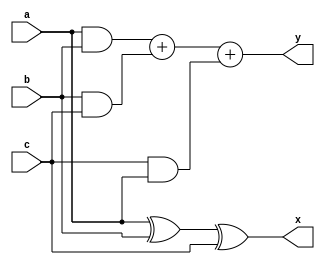
module fulladder (a,b,c,x,y);
    input a,b,c;
    output x,y;

    assign x = (a^b)^c;
    assign y = (a&b)+(b&c)+(c&a);
endmodule

module add_tb;
    wire X,Y;
    reg A,B,C;

    fulladder my_gate (.a(A),.b(B),.c(C),.x(X),.y(Y));

    initial
        begin
            $monitor (A," ",B," ",C," ",X," ",Y);
            A = 1'b0;
            B = 1'b0;
            C = 1'b0;
            #5
            A = 1'b1;
            B = 1'b0;
            C = 1'b0;
            #5
            A = 1'b0;
            B = 1'b1;
            C = 1'b0;
            #5
            A = 1'b0;
            B = 1'b0;
            C = 1'b1;
            #5
            A = 1'b1;
            B = 1'b1;
            C = 1'b0;
            #5
            A = 1'b1;
            B = 1'b0;
            C = 1'b1;
            #5
            A = 1'b0;
            B = 1'b1;
            C = 1'b1;
            #5
            A = 1'b1;
            B = 1'b1;
            C = 1'b1;
        
            
        end
endmodule